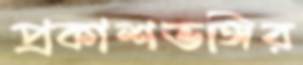
প্রকাশভঙ্গির